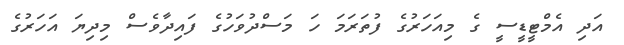
އަދި އެމްޓީޑީސީ ގެ މިއަހަރުގެ ފުތަރަމަ ހަ މަސްދުވަހުގެ ފައިދާވެސް މިދިޔަ އަހަރުގެ